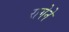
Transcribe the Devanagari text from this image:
रागेने